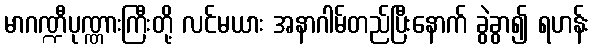
မာဂဏ္ဍီပုဏ္ဏားကြီးတို့ လင်မယား အနာဂါမ်တည်ပြီးနောက် ခွဲခွာ၍ ရဟန်း